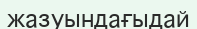
жазуындағыдай